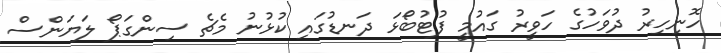
ހޮނިހިރު ދުވަހުގެ ހަވީރު ގައުމީ ފުޓުބޯޅަ ދަނޑުގައި ކުޅުނު މެޗެ ސިންގަޕޯ ލަޔަންސް